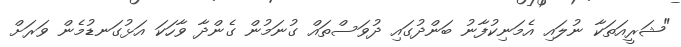
"ޝަރީއަތަކާ ނުލައި އެމަނިކުފާނު ބަންދުގައި ދުވަސްތައް ގުނަމުން ގެންދާ ވާހަކަ އަޅުގަނޑުމެން ވަރަށް